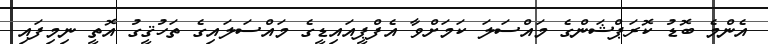
އެންމެ ބޮޑު ކޮރަޕްޝަންގެ މައްސަލަ ކަމަށްވާ އެފްޕީއައިޑީގެ މައްސަލައިގެ ތަހުޤީގު އޮތީ ނިމިފައި